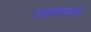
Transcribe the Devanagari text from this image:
तालवाद्याची